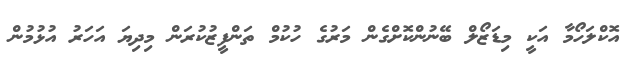
އޮކްލަހޯމާ އަކީ މިޑަޒޯލް ބޭނުންކޮށްގެން މަރުގެ ހުކުމް ތަންފީޒުކުރަން މިދިޔަ އަހަރު އުޅުމުން